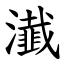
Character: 瀐